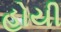
હોયી